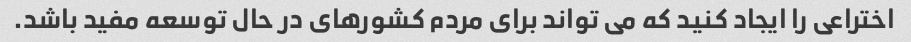
اختراعی را ایجاد کنید که می تواند برای مردم کشورهای در حال توسعه مفید باشد.